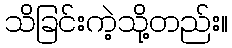
သိခြင်းကဲ့သို့တည်း။